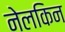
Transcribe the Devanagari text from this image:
नेलकिन